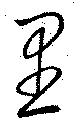
里